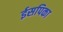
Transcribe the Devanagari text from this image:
ईसपिका